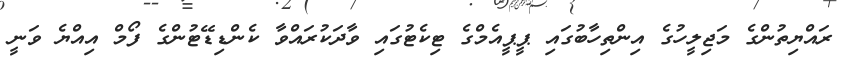
ރައްޔިތުންގެ މަޖިލީހުގެ އިންތިހާބުގައި ޕީޕީއެމްގެ ޓިކެޓުގައި ވާދަކުރައްވާ ކެންޑިޑޭޓުންގެ ފޯމް އިއްޔެ ވަނީ